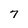
Character: 7